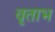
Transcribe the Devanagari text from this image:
वृताभ